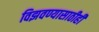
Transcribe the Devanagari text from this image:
विझवण्यासाठीही